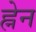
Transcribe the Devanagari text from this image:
ह्नेन